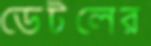
ডেটলের